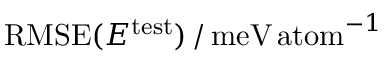
\mathrm { R M S E } ( E ^ { \mathrm { t e s t } } ) \, / \, \mathrm { m e V \, a t o m } ^ { - 1 }